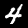
Label: 4